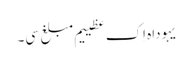
یہوداہ اِک عظییم مبلغ سی۔